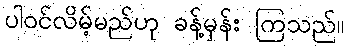
ပါဝင်လိမ့်မည်ဟု ခန့်မှန်း ကြသည်။